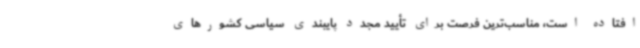
افتاده است، مناسب‌ترین فرصت برای تأیید مجدد پایبندی سیاسی کشورهای